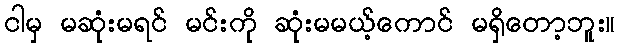
ငါမှ မဆုံးမရင် မင်းကို ဆုံးမမယ့်ကောင် မရှိတော့ဘူး။